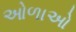
ઓળાઓ